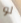
لو